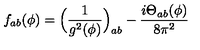
f _ { a b } ( \phi ) = \Big ( \frac { 1 } { g ^ { 2 } ( \phi ) } \Big ) _ { a b } - \frac { i \mathrm { \Theta } _ { a b } ( \phi ) } { 8 \pi ^ { 2 } }